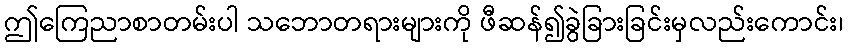
ဤကြေညာစာတမ်းပါ သဘောတရားများကို ဖီဆန်၍ခွဲခြားခြင်းမှလည်းကောင်း၊